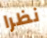
نظرا